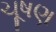
ચૂષણ